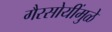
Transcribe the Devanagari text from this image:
गैरसोयींमुळे